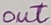
Text: out